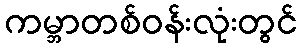
ကမ္ဘာတစ်ဝန်းလုံးတွင်